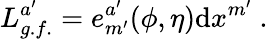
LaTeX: L_{g.f.}^{a^{\prime}}=e_{m^{\prime}}^{a^{\prime}}(\phi,\eta)\mathrm{d}x^{m^{\prime}}\ .